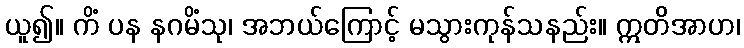
ယူ၍။ ကိံ ပန နဂမိံသု၊ အဘယ်ကြောင့် မသွားကုန်သနည်း။ ဣတိအာဟ၊